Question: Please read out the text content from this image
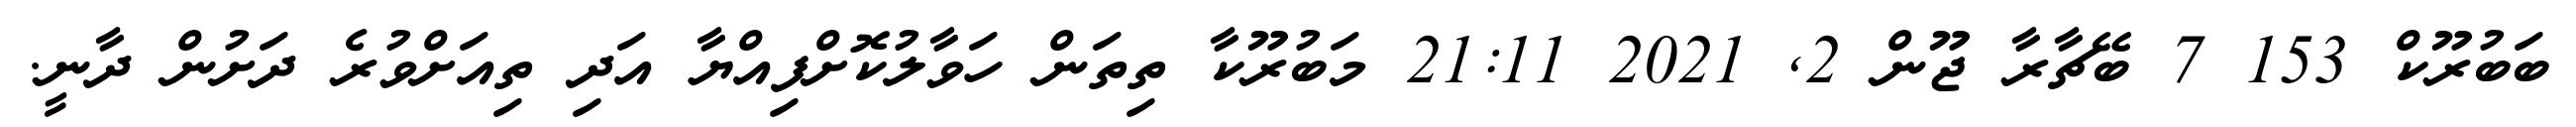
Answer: ބަބުރޫކް 153 7 ބޭޗާރާ ޖޫން 2, 2021 21:11 މަބުރޫކާ ތިތަން ހަވާލުކޮށްފިއްޔާ އަދި ތިއަށްވުރެ ދަށުން ދާނީ.